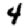
Digit: 4